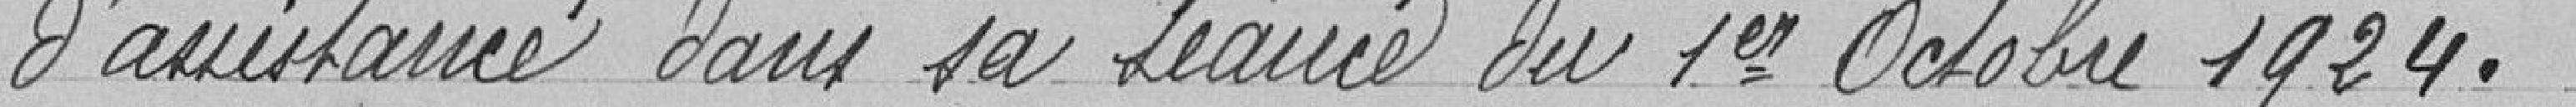
d'assistance dans sa séance du 1er octobre 1924.